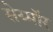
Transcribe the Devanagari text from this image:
सेय्मॉर